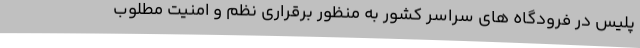
پلیس در فرودگاه های سراسر کشور به منظور برقراری نظم و امنیت مطلوب